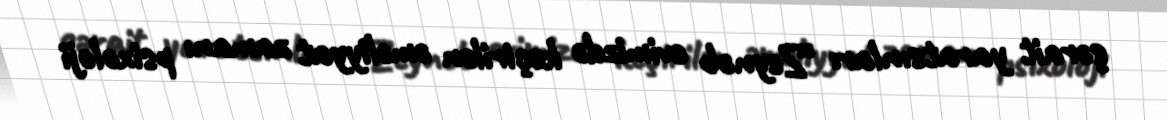
şərait yaratsınlar: “Zeynəb evimizdə keçirilən əməliyyat zamanı psixoloji